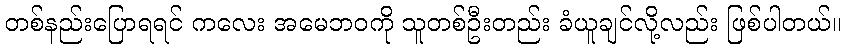
တစ်နည်းပြောရရင် ကလေး အမေဘဝကို သူတစ်ဦးတည်း ခံယူချင်လို့လည်း ဖြစ်ပါတယ်။